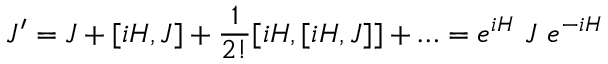
J ^ { \prime } = J + [ i H , J ] + \frac { 1 } { 2 ! } [ i H , [ i H , J ] ] + \ldots = e ^ { i H } ~ J ~ e ^ { - i H }